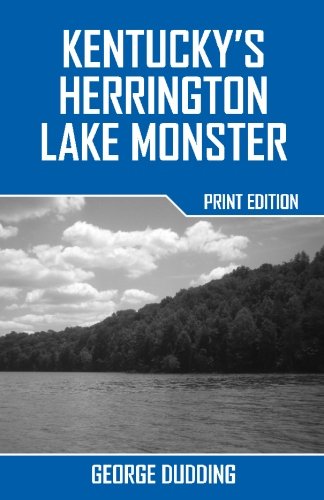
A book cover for Kentucky's Herrington Lake Monster; George Dudding; Religion & Spirituality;